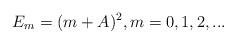
LaTeX: \begin{align*}E_m=(m+A)^2, m=0,1,2,...\end{align*}